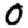
Digit: 0